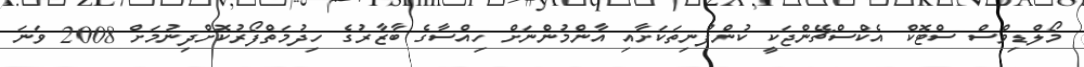
މޯލްޑިވްސް ސްޓޮކް އެކްސްޗޭންޖަކީ ކުންފުނިތަކަށާއި އާންމުންނަށް ހިއްސާގެ ބާޒާރުގެ ހިދުމަތްފޯރުކޮށްދިނުމަށް 2008 ވަނަ